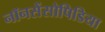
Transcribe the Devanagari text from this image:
नॉनसेंसोपिडिया